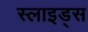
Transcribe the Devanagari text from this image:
स्‍लाइड्स